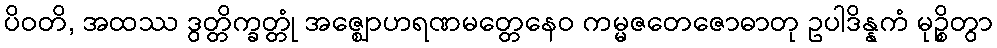
ပိဝတိ, အထဿ ဒွတ္တိက္ခတ္တုံ အဇ္ဈောဟရဏမတ္တေနေဝ ကမ္မဇတေဇောဓာတု ဥပါဒိန္နကံ မုဉ္စိတွာ